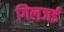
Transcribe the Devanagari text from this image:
गिलजई